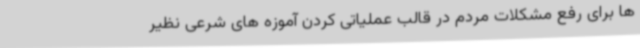
ها برای رفع مشکلات مردم در قالب عملیاتی کردن آموزه های شرعی نظیر